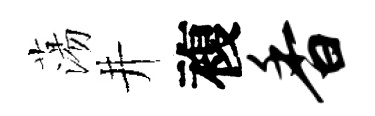
蕩井複香